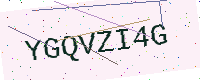
Text: YGQVZI4G